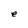
Character: e